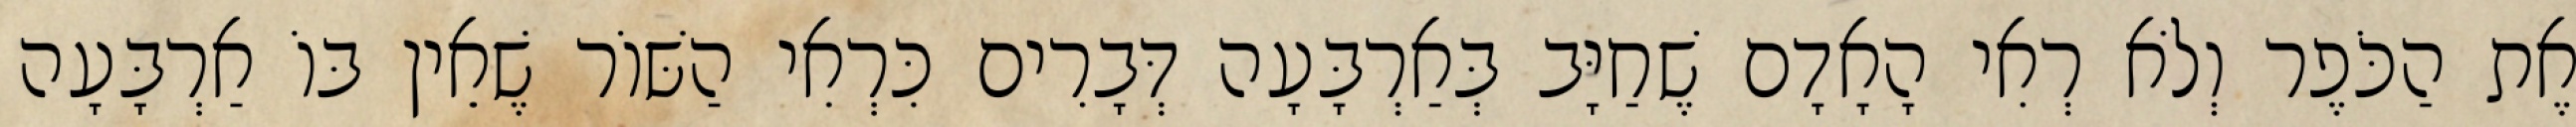
אֶת הַכֹּפֶר וְלֹא רְאִי הָאָדָם שֶׁחַיָּב בְּאַרְבָּעָה דְּבָרִים כִּרְאִי הַשּׁוֹר שֶׁאֵין בּוֹ אַרְבָּעָה